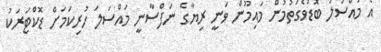
އެ މައްސަލަ ބޮޑުވެގަތުމުން މައިމޫން ވަނީ ރިޔާގެ ނަފްސާނީ މައްސަލަ ހުރިކަމަށް ޑޮކްޓަރަކު